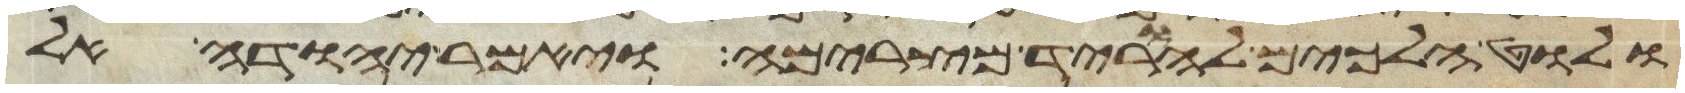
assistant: ולוט הלכים להוריד מצרימה ויאמר יהודה אל